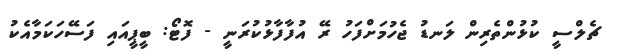
ޗެލްސީ ކުޅުންތެރިން ލަނޑު ޖެހުމަށްފަހު ރޭ އުފާފާޅުކުރަނީ - ފޮޓޯ: ބީޕީއައި ފަސޭހަކަމާއެކު